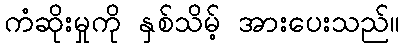
ကံဆိုးမှုကို နှစ်သိမ့် အားပေးသည်။